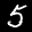
Digit: 5